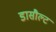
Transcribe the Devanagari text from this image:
डासौल्ट